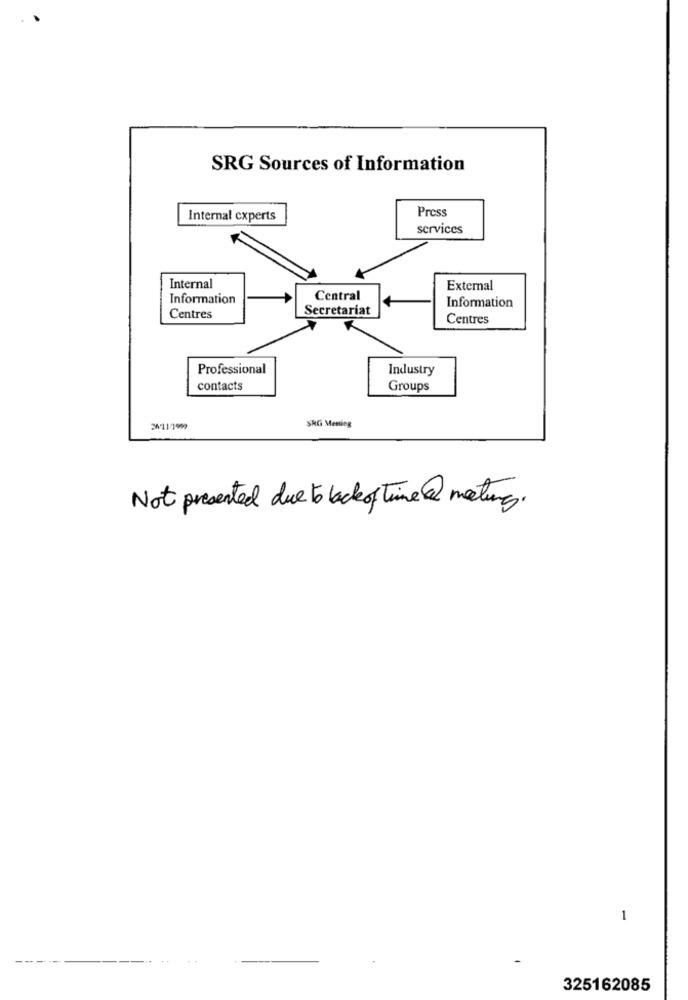
SRG Sources of Information
Press
Internal cxperts
services
Internal
External
Information
Central
Secretariat
Information
Centres
Centres
Professional
Industry
contacts
Groups
SRG Menting
26-11/1009
Not presented due to lackoftime@meting.
1
325162085